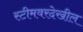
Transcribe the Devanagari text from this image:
स्टीमवरदेखील